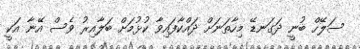
ސަލޭހް ބުނީ ދަގަނޑޭ މިހާތަނަށް ދައްކާފައިވާ ކުޅުމަށް ބަލާއިރު ވެސް އޭނާ އަކީ